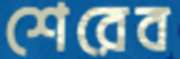
শেরেব